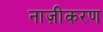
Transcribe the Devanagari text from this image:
नाज़ीकरण